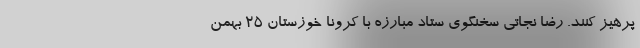
پرهیز کنند. رضا نجاتی سخنگوی ستاد مبارزه با کرونا خوزستان 25 بهمن